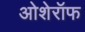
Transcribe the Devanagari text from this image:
ओशेरॉफ